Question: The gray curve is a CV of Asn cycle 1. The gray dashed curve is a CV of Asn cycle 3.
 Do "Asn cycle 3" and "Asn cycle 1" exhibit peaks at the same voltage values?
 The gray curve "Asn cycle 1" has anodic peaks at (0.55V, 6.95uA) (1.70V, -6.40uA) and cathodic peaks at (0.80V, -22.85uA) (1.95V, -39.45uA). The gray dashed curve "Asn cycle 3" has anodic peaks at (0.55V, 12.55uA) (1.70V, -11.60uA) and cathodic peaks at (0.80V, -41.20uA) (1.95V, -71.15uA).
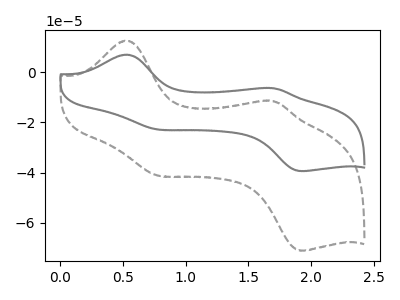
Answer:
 <answer>Yes, "Asn cycle 3" have a peak in "Asn cycle 1" at the same potential.</answer>
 <eval>match</eval>